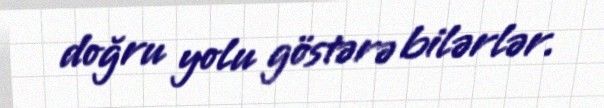
doğru yolu göstərə bilərlər.